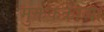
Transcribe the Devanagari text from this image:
मुक्तककाव्यों